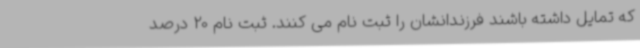
که تمایل داشته باشند فرزندانشان را ثبت نام می کنند. ثبت نام 20 درصد